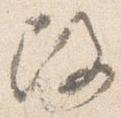
改